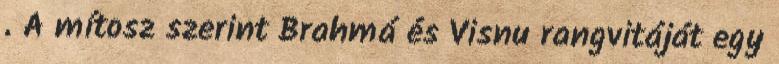
. A mítosz szerint Brahmá és Visnu rangvitáját egy